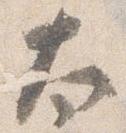
太